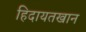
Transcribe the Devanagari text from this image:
हिदायतखान